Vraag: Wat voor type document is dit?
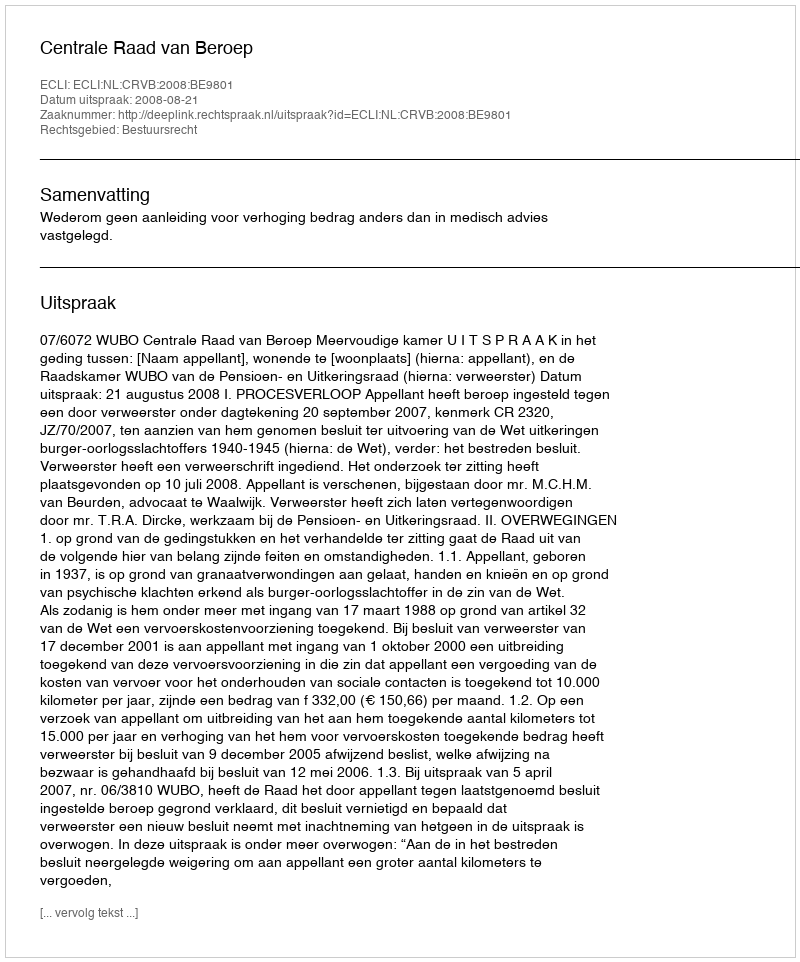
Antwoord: Uitspraak